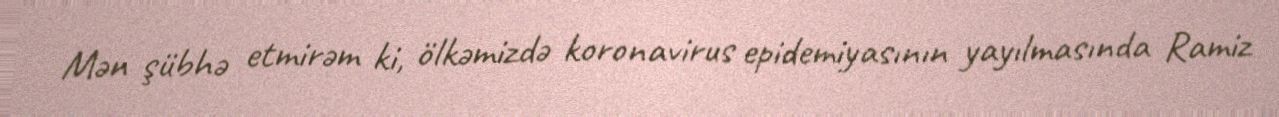
Mən şübhə etmirəm ki, ölkəmizdə koronavirus epidemiyasının yayılmasında Ramiz